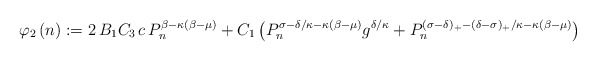
\begin{align*}\varphi_{2}\left( n\right) :=2\,B_{1}C_{3}\,c\,P_{n}^{\beta-\kappa\left(\beta-\mu\right) }+C_{1}\left( P_{n}^{\sigma-\delta/\kappa-\kappa\left(\beta-\mu\right) }g^{\delta/\kappa}+P_{n}^{(\sigma-\delta)_{+}-(\delta-\sigma)_{+}/\kappa-\kappa\left( \beta-\mu\right) }\right) \end{align*}